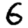
Digit: 6